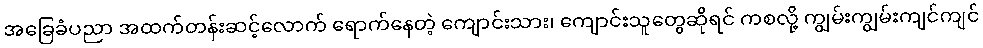
အခြေခံပညာ အထက်တန်းဆင့်လောက် ရောက်နေတဲ့ ကျောင်းသား၊ ကျောင်းသူတွေဆိုရင် ကစလို့ ကျွမ်းကျွမ်းကျင်ကျင်